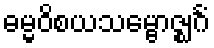
ဓမ္မဝိစယသမ္ဗောဇ္ဈင်္ဂံ